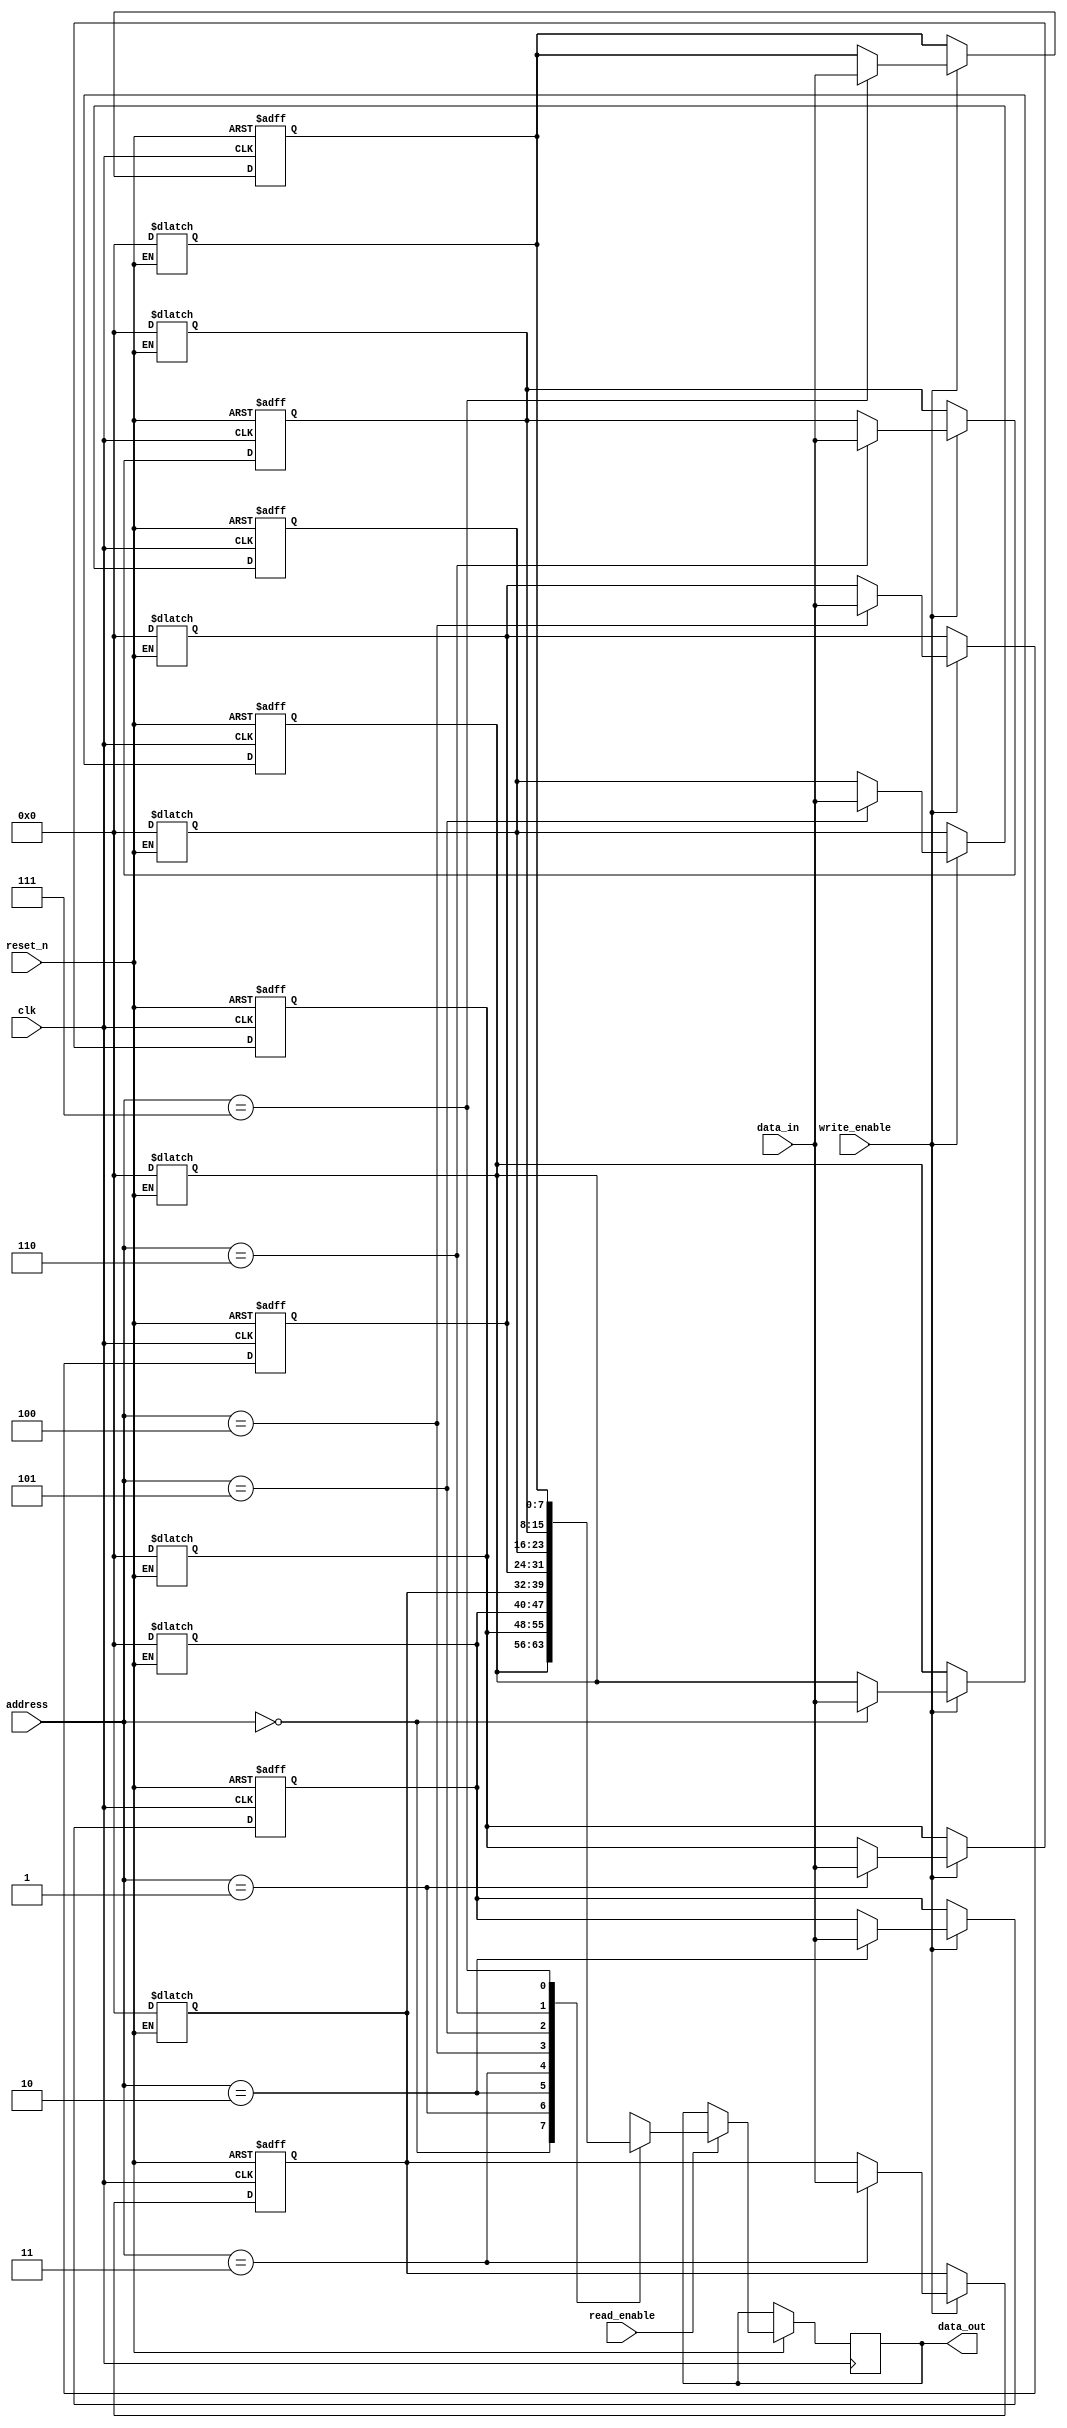
module io_register_file (
    input wire clk,                // Clock signal
    input wire reset_n,            // Active low asynchronous reset
    input wire [2:0] address,      // 3-bit address bus (for 8 registers)
    input wire [7:0] data_in,      // 8-bit input data bus
    input wire write_enable,        // Write enable signal
    input wire read_enable,         // Read enable signal
    output reg [7:0] data_out       // 8-bit output data bus
);
    // Register array declaration
    reg [7:0] registers [7:0];      // Array of 8 registers, each 8 bits

    // Asynchronous reset
    integer i;
    always @(*) begin
        if (!reset_n) begin
            // Reset all registers to zero
            for (i = 0; i < 8; i = i + 1) begin
                registers[i] = 8'b0;
            end
        end
    end

    // Synchronous read and write operations
    always @(posedge clk or negedge reset_n) begin
        if (!reset_n) begin
            // Reset logic
            for (i = 0; i < 8; i = i + 1) begin
                registers[i] <= 8'b0; // Clear all registers
            end
        end else begin
            if (write_enable) begin
                // Write data to specified register
                registers[address] <= data_in;
            end
            if (read_enable) begin
                // Read data from specified register
                data_out <= registers[address];
            end
        end
    end

endmodule